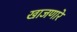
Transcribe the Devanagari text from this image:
खाजणारे